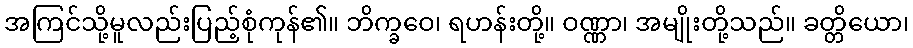
အကြင်သို့မူလည်းပြည့်စုံကုန်၏။ ဘိက္ခဝေ၊ ရဟန်းတို့။ ဝဏ္ဏာ၊ အမျိုးတို့သည်။ ခတ္တိယော၊